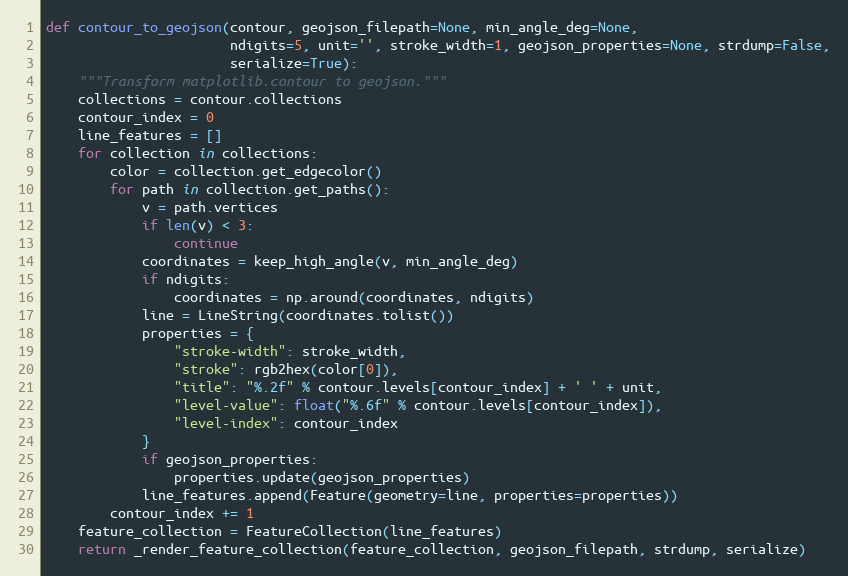
Language: Python
def contour_to_geojson(contour, geojson_filepath=None, min_angle_deg=None,
                       ndigits=5, unit='', stroke_width=1, geojson_properties=None, strdump=False,
                       serialize=True):
    """Transform matplotlib.contour to geojson."""
    collections = contour.collections
    contour_index = 0
    line_features = []
    for collection in collections:
        color = collection.get_edgecolor()
        for path in collection.get_paths():
            v = path.vertices
            if len(v) < 3:
                continue
            coordinates = keep_high_angle(v, min_angle_deg)
            if ndigits:
                coordinates = np.around(coordinates, ndigits)
            line = LineString(coordinates.tolist())
            properties = {
                "stroke-width": stroke_width,
                "stroke": rgb2hex(color[0]),
                "title": "%.2f" % contour.levels[contour_index] + ' ' + unit,
                "level-value": float("%.6f" % contour.levels[contour_index]),
                "level-index": contour_index
            }
            if geojson_properties:
                properties.update(geojson_properties)
            line_features.append(Feature(geometry=line, properties=properties))
        contour_index += 1
    feature_collection = FeatureCollection(line_features)
    return _render_feature_collection(feature_collection, geojson_filepath, strdump, serialize)